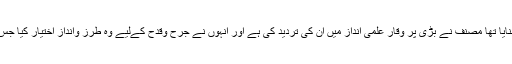
علاوہ ازیں ماضی وحال میں جن لوگوں نے فن حدیث کو ہدف ِ تنقید ونتقیص بنایا تھا مصنف نے بڑی پر وقار علمی انداز میں ان کی تردید کی ہے اور انہوں نے جرح وقدح کےلیے وہ طرز وانداز اختیار کیا جس سے حق نمایاں ہوجائے اور سنت مطہرہ کا چہرہ درخشاں وتاباں نظر آئے ۔